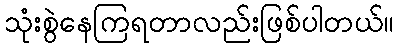
သုံးစွဲနေကြရတာလည်းဖြစ်ပါတယ်။